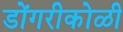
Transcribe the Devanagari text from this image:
डोंगरीकोळी